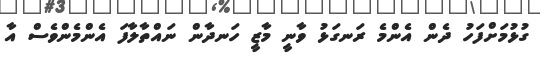
ގުޅުމަށްފަހު ދެން އެންމެ ރަނގަޅު ވާނީ މާޒީ ހަނދާން ނައްތާލާފަ އެންމެންވެސް އާ